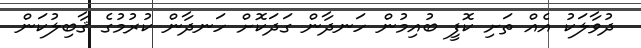
ދުވާލަކު އެއް ތަށި ކޮފީ ބުއިމުން ހަނދާން ގަދަކޮށް ހަނދާން ކުރުމުގެ ޤާބިލުކަން